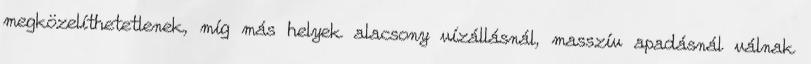
megközelíthetetlenek, míg más helyek alacsony vízállásnál, masszív apadásnál válnak